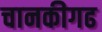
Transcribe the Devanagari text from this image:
चानकीगढ